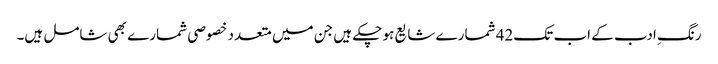
رنگِ ادب کے اب تک 42 شمارے شایع ہو چکے ہیں جن میں متعدد خصوصی شمارے بھی شامل ہیں۔